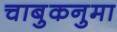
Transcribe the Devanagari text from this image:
चाबुकनुमा